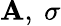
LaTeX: \mathbf{A},\ \sigma